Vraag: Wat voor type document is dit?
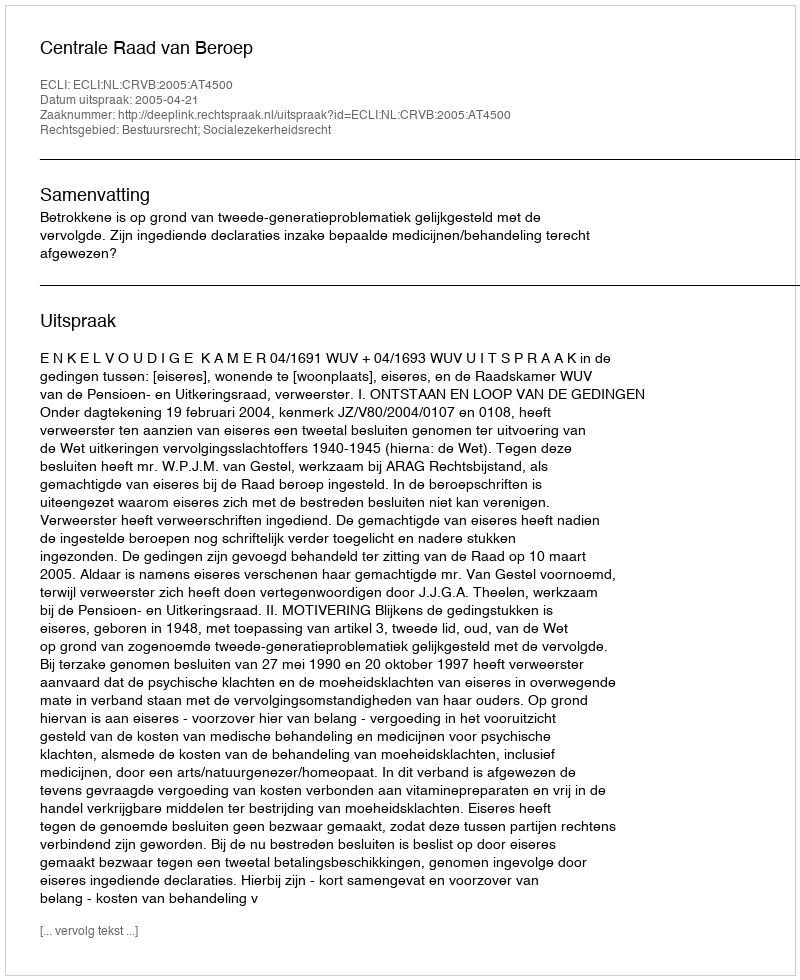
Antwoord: Uitspraak